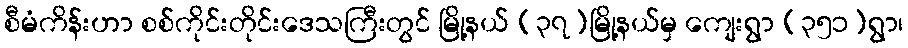
စီမံကိန်းဟာ စစ်ကိုင်းတိုင်းဒေသကြီးတွင် မြို့နယ် (၃၇)မြို့နယ်မှ ကျေးရွာ (၃၅၁)ရွာ၊